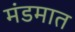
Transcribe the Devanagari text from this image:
मंडमात